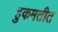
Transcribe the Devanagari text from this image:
हुकमतीत